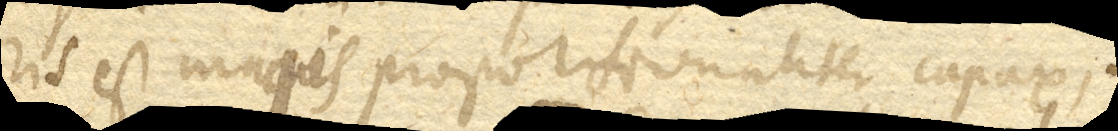
ris est magis proportionaliter capax,